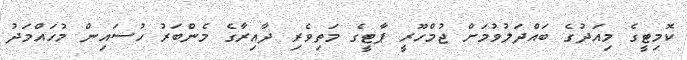
ކޮމިޓީގެ މިއަދުގެ ބައްދަލުވުމަށް ޖުމްހޫރީ ޕާޓީގެ މަތިވެރި ދާއިރާގެ މެންބަރު ހުސައިން މުހައްމަދު